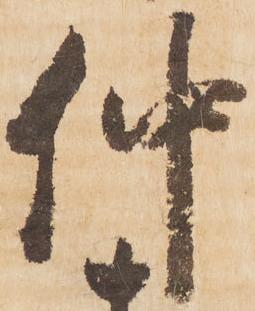
仲